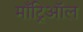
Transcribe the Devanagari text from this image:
माँट्रिऑल